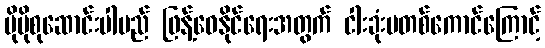
ပိုမိုစုဆောင်းပါမည် ဖြန့်ဝေနိုင်ရေးအတွက် ငါးခုံးမတစ်ကောင်ကြောင့်